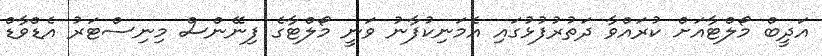
އަދީބް މޯލްޓާއަށް ކުރައްވާ ދަތުރުފުޅުގައި އެމަނިކުފާނު ވަނީ މޯލްޓާގެ ފިނޭންސް މިނިސްޓަރު އެޑްވާޑް